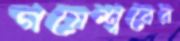
গয়েশ্বরের